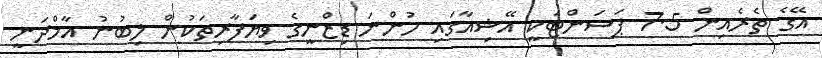
އޭގެ ތެރެއިން 7.5 ޕަސަންޓަކީ އޭޝިއާގައި ހުންނަ ޑިޒްނީގެ ވިޔަފާރިތަކުން ލިބުނު އާމްދަނީ